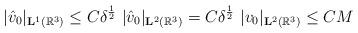
LaTeX: \begin{align*}\ |\hat{v}_0|_{\mathbf{L}^1(\mathbb{R}^3 )}\le C\delta^{\frac{1}{2}}\ |\hat{v}_0|_{\mathbf{L}^2(\mathbb{R}^3 )}=C\delta^{\frac{1}{2}}\ |v_0|_{\mathbf{L}^2(\mathbb{R}^3 )}\le CM\end{align*}